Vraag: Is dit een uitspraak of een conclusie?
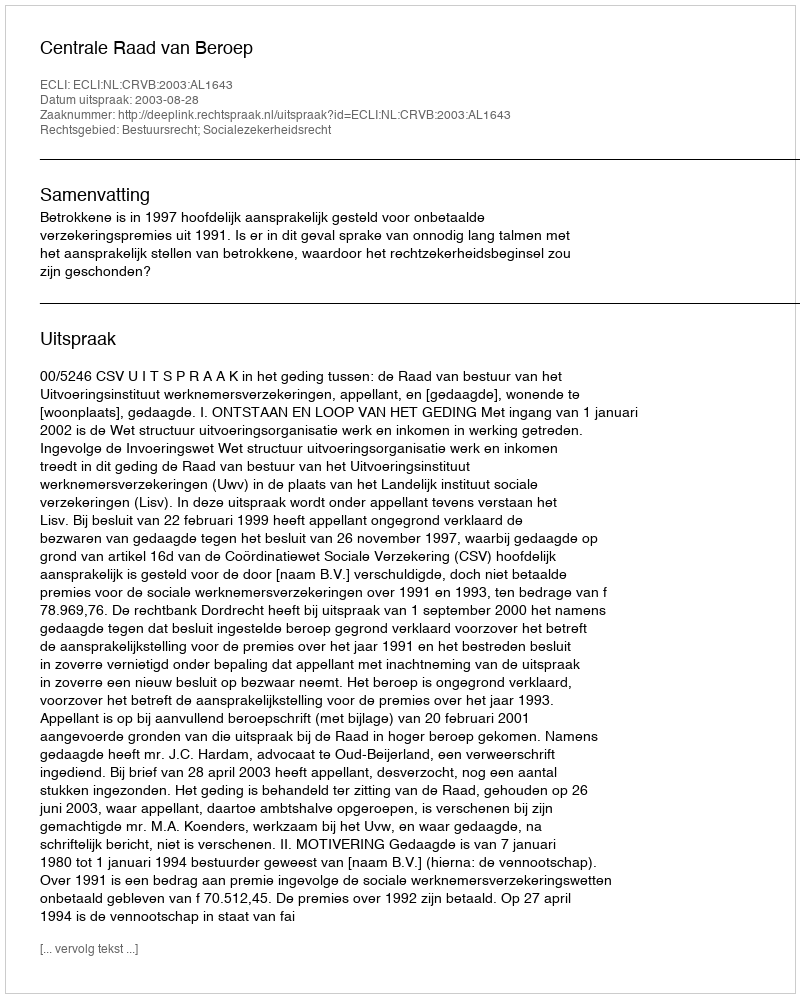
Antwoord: Uitspraak